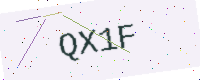
Text: QX1F